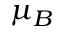
\mu _ { B }